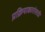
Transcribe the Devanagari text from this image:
प्रक्रियाकारांसाठी